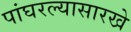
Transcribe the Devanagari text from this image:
पांघरल्यासारखे